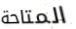
المتاحة